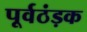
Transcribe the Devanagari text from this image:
पूर्वठंड़क